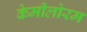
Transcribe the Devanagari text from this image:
केमीलोरम